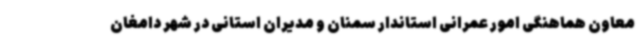
معاون هماهنگی امور عمرانی استاندار سمنان و مدیران استانی در شهر دامغان